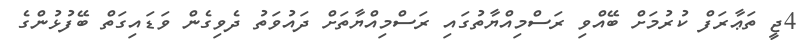
4ޖީ ތަޢާރަފް ކުރުމަށް ބޭއްވި ރަސްމިއްޔާތުގައި ރަސްމިއްޔާތަށް ދައުވަތު ދެވިގެން ވަޑައިގަތް ބޭފުޅުންގެ